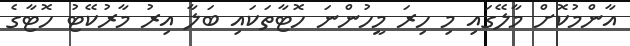
އާންމުކޮށް މާލޭގައި މި ހިރަ މީހުންނަ ހޮޓާތަކަައި ބަލާ އިރު މާރުކޭޓު ހޮޓާގެ